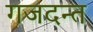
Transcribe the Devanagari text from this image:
गजदन्त